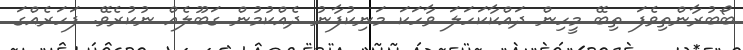
ބޯބުރާންތިވެފަ ތިބޭ މީހިން ދައްކާކަހަލަ ވާހަކަ މަނިކުފާނު ދެއްކުމުން ގަބޫލެއް ނުކުރެވޭ. ފަހަރެއްގަ